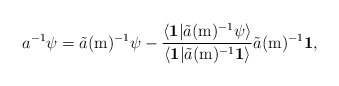
\begin{align*}a^{-1}\psi=\tilde{a}(\mathrm{m})^{-1}\psi-\frac{\langle\mathbf{1}|\tilde{a}(\mathrm{m})^{-1}\psi\rangle}{\langle\mathbf{1}|\tilde{a}(\mathrm{m})^{-1}\mathbf{1}\rangle}\tilde{a}(\mathrm{m})^{-1}\mathbf{1},\end{align*}